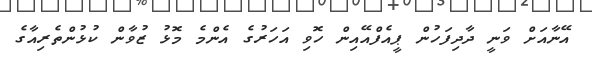
އޭނާއަށް ވަނީ ދާދިފަހުން ޕީއެފްއޭއިން ހޮވި އަހަރުގެ އެންމެ މޮޅު ޒުވާން ކުޅުންތެރިއާގެ